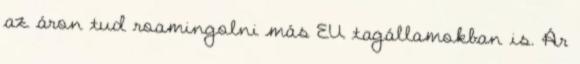
az áron tud roamingolni más EU tagállamokban is. Ár